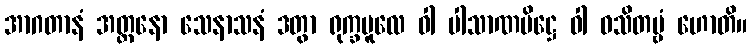
အာဂတာနံ အတ္တနော သေနာသနံ ဒတွာ ရုက္ခမူလေ ဝါ ပါသာဏပိဋ္ဌေ ဝါ ဝသိတဗ္ဗံ ဟောတိ။